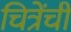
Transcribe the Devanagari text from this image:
चित्रेंची